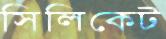
সিলিকেট